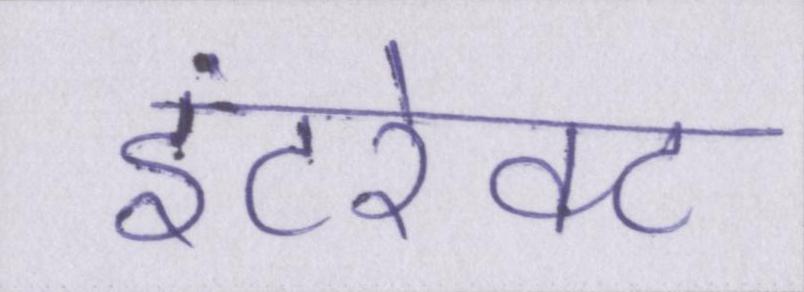
इंटरेक्ट